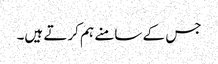
جس کے سامنے ہم کرتے ہیں۔